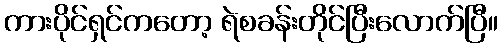
ကားပိုင်ရှင်ကတော့ ရဲစခန်းတိုင်ပြီးလောက်ပြီ။